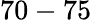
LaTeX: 70-75\